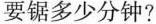
要锯多少分钟?